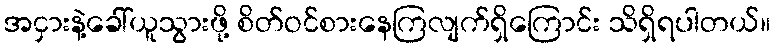
အငှားနဲ့ခေါ်ယူသွားဖို့ စိတ်ဝင်စားနေကြလျက်ရှိကြောင်း သိရှိရပါတယ်။